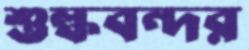
শুল্কবন্দর